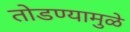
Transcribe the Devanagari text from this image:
तोडण्यामुळे